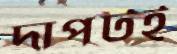
দাপটই